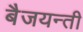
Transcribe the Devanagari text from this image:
बैजयन्‍ती